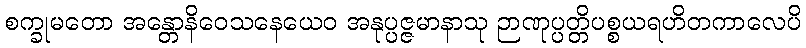
စက္ခုမတော အန္တောနိဝေသနေယေဝ အနုပ္ပဇ္ဇမာနာသု ဉာဏုပ္ပတ္တိပစ္စယရဟိတကာလေပိ